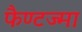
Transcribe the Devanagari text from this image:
फैण्टज्मा